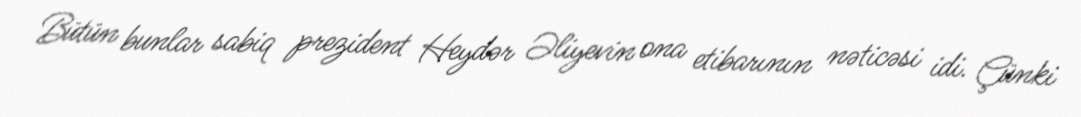
Bütün bunlar sabiq prezident Heydər Əliyevin ona etibarının nəticəsi idi. Çünki